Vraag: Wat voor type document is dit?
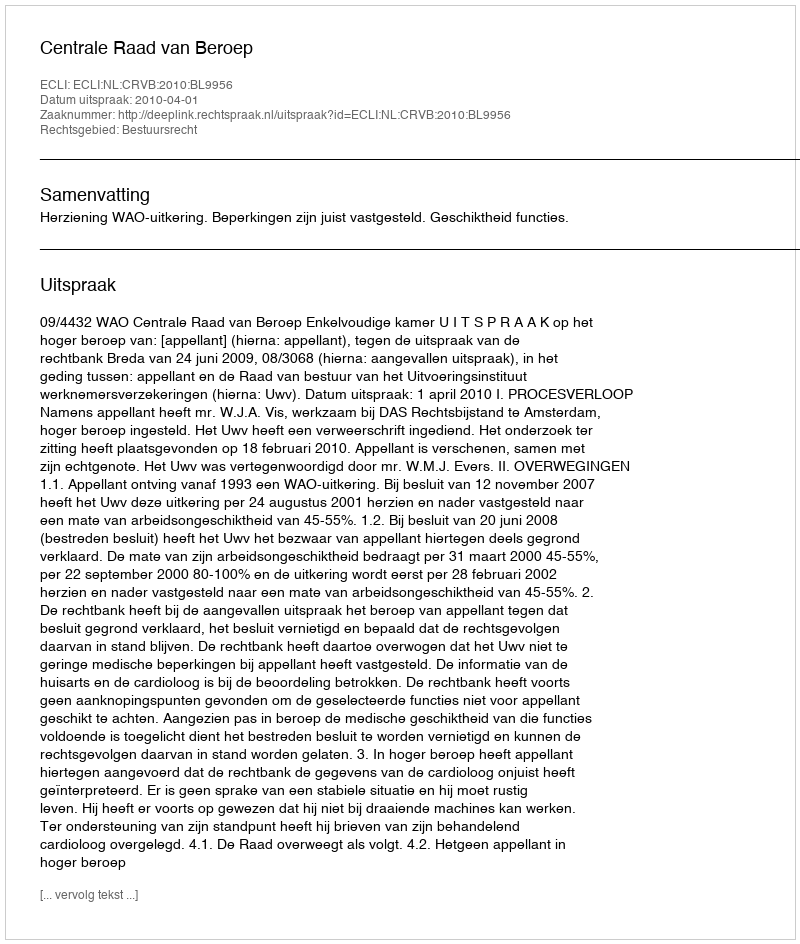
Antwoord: Uitspraak